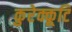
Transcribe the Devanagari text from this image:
कुरेक्कूटि